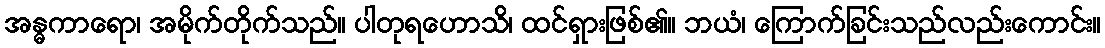
အန္ဓကာရော၊ အမိုက်တိုက်သည်။ ပါတုရဟောသိ၊ ထင်ရှားဖြစ်၏။ ဘယံ၊ ကြောက်ခြင်းသည်လည်းကောင်း။